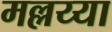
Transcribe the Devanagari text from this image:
मल्लय्या